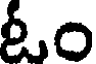
ఓం